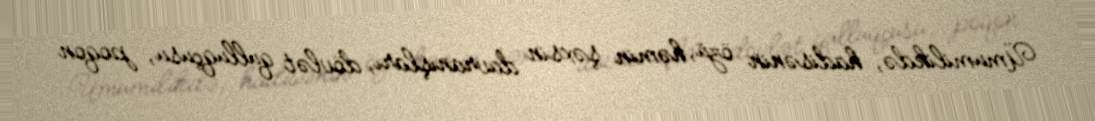
Ümumilikdə, hadisənin özü, həmin şəxsin davranışları, dövlət qulluqçusu, poqon